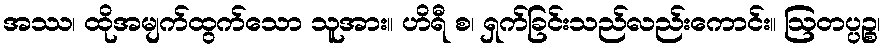
အဿ၊ ထိုအမျက်ထွက်သော သူအား။ ဟိရီ စ၊ ရှက်ခြင်းသည်လည်းကောင်း။ ဩတပ္ပဉ္စ၊